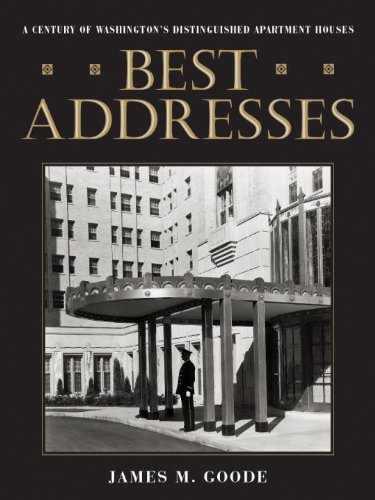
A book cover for Best Addresses; James Goode; Arts & Photography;